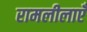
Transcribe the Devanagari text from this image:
रामलीलाएँ